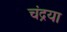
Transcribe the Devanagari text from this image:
चंद्रया